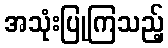
အသုံးပြုကြသည့်